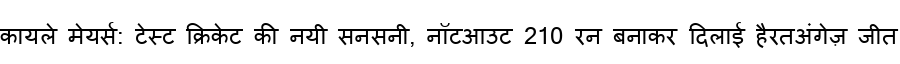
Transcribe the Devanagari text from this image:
कायले मेयर्स: टेस्ट क्रिकेट की नयी सनसनी, नॉटआउट 210 रन बनाकर दिलाई हैरतअंगेज़ जीत